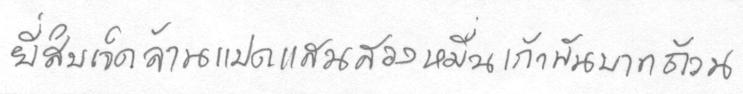
ยี่สิบเจ็ดล้านแปดแสนสองหมื่นเก้าพันบาทถ้วน